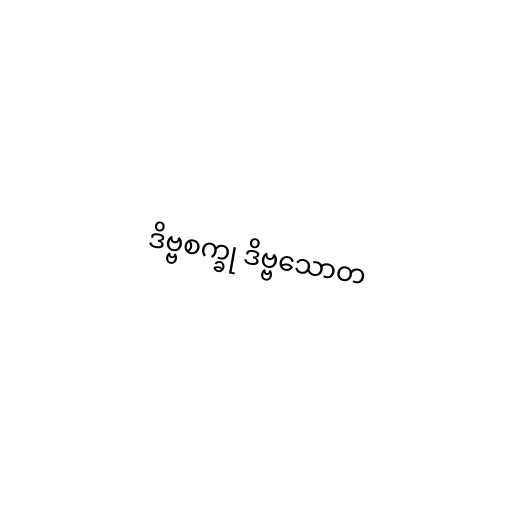
ဒိဗ္ဗစက္ခု ဒိဗ္ဗသောတ